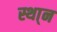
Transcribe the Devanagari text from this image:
स्था्न